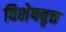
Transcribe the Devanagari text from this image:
विशेषवृत्त